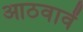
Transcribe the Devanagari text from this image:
आठवावें